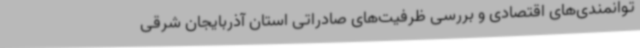
توانمندی‌های اقتصادی و بررسی ظرفیت‌های صادراتی استان آذربایجان شرقی